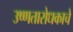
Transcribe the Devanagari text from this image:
उष्णतारोधकाचे